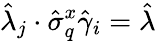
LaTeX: \hat{\lambda}_{j}\cdot\hat{\sigma}_{q}^{x}\hat{\gamma}_{i}=\hat{\lambda}